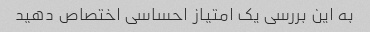
به این بررسی یک امتیاز احساسی اختصاص دهید